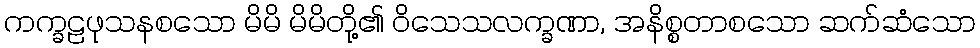
ကက္ခဠဖုသနစသော မိမိ မိမိတို့၏ ဝိသေသလက္ခဏာ, အနိစ္စတာစသော ဆက်ဆံသော